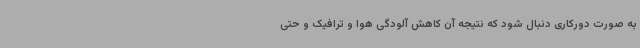
به صورت دورکاری دنبال شود که نتیجه آن کاهش آلودگی هوا و ترافیک و حتی